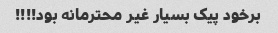
برخود پیک بسیار غیر محترمانه بود!!!!